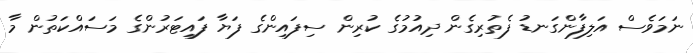
ނަމަވެސް އަލިފާންގަނޑު ފެތުރިގެން ދިއުމުގެ ކުރިން ސިފައިންގެ ފަޔާ ފައިޓަރުންގެ މަސައްކަތުން މާ